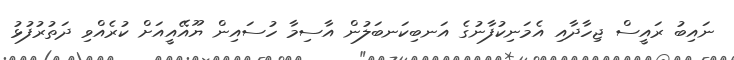
ނައިބު ރައީސް ޖިހާދާއި އެމަނިކުފާނުގެ އަނބިކަނބަލުން އާސިމާ ހުސައިން ޔޫއޭއީއަށް ކުރެއްވި ދަތުރުފުޅު